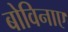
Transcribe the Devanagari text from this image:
बोविनाए